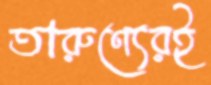
তারুণ্যেরই